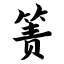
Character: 箦